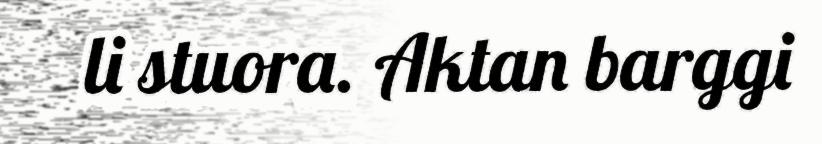
li stuora. Aktan barggi